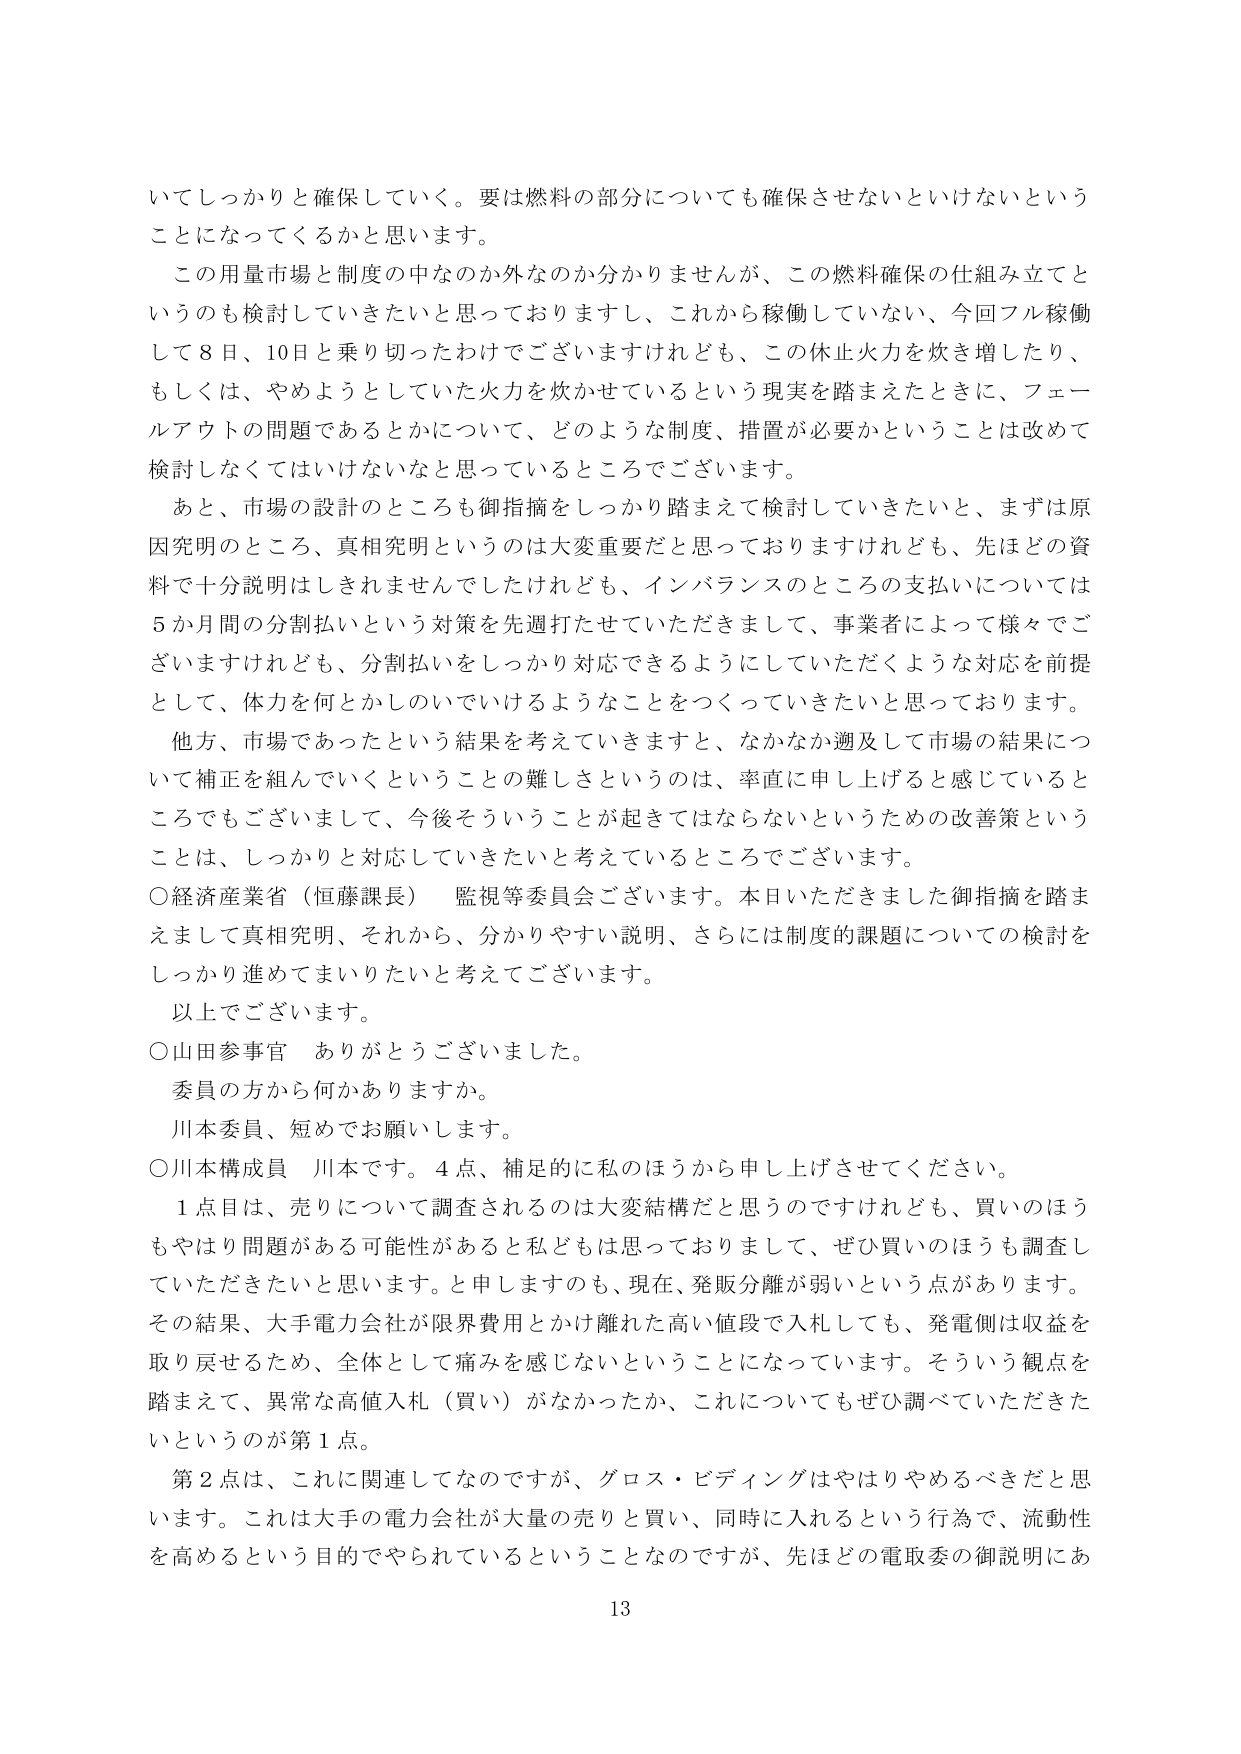
いてしっかりと確保していく。要は燃料の部分についても確保させないといけないということになってくるかと思います。

この用量市場と制度の中なのか外なのか分かりませんが、この燃料確保の仕組み立てというのも検討していきたいと思っておりますし、これから稼働していない、今回フル稼働して8日、10日と乗り切ったわけでございますけれども、この休止火力を炊き増したり、もしくは、やめようとしていた火力を炊かせているという現実を踏まえたときに、フェールアウトの問題であるとかについて、どのような制度、措置が必要かということは改めて検討しなくてはいけないなと思っているところでございます。

あと、市場の設計のところも御指摘をしっかり踏まえて検討していきたいと、まずは原因究明のところ、真相究明というのは大変重要だと思っておりますけれども、先ほどの資料で十分説明はしきれませんでしたけれども、インバランスのところの支払いについては5か月間の分割払いという対策を先週打たせていただきまして、事業者によって様々でございますけれども、分割払いをしっかり対応できるようにしていただくような対応を前提として、体力を何とかしのいでいけるようなことをつくっていきたいと思っております。

他方、市場であったという結果を考えていきますと、なかなか遡及して市場の結果について補正を組んでいくということの難しさというのは、率直に申し上げると感じているところでもございまして、今後そういうことが起ききてはならないというための改善策ということは、しっかりと対応していきたいと考えているところでございます。

○経済産業省（恒藤課長） 監視等委員会ございます。本日いただきました御指摘を踏まえまして真相究明、それから、分かりやすい説明、さらには制度的課題についての検討をしっかり進めてまいりたいと考えております。

以上でございます。

○山田参事官 ありがとうございました。

委員の方から何かありますか。

川本委員、短めでお願いします。

○川本構成員 川本です。4点、補足的に私のほうから申し上げさせてください。

1点目は、売りについて調査されるのは大変結構だと思うのですけれども、買いのほうもやはり問題がある可能性があると私どもは思っておりますので、ぜひ買いのほうも調査していただきたいと思います。と申しますのも、現在、発販分離が弱いという点があります。その結果、大手電力会社が限界費用とかけ離れた高い値段で入札しても、発電側は収益を取り戻せるため、全体として痛みを感じないということになっています。そういう観点を踏まえて、異常な高値入札（買い）がなかったか、これについてもぜひ調べていただきたいというのが第1点。

第2点は、これに関連してなのですが、グロス・ビディングはやはりやめるべきだと思います。これは大手の電力会社が大量の売りと買い、同時に入れるという行為で、流動性を高めるという目的でやられているということなのですが、先ほどの電取委の御説明にあ

13